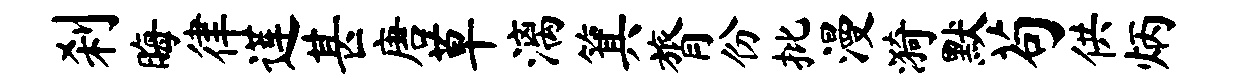
刹晦律莲甚唐草漓箕膂份批漫漪默苟供炳